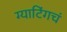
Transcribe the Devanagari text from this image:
ग्याटिंगचं